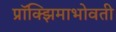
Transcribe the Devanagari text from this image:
प्रॉक्झिमाभोवती